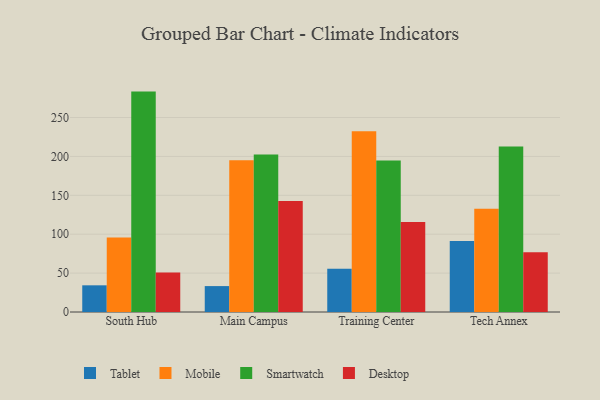
{"axis": {"x": "Campus", "y": "Satisfaction Score"}, "legend": ["Desktop", "Mobile", "Smartwatch", "Tablet"], "data": [{"x": "South Hub", "y": 34.3, "type": "Tablet"}, {"x": "South Hub", "y": 95.8, "type": "Mobile"}, {"x": "South Hub", "y": 283.3, "type": "Smartwatch"}, {"x": "South Hub", "y": 50.7, "type": "Desktop"}, {"x": "Main Campus", "y": 33.3, "type": "Tablet"}, {"x": "Main Campus", "y": 195.2, "type": "Mobile"}, {"x": "Main Campus", "y": 202.3, "type": "Smartwatch"}, {"x": "Main Campus", "y": 142.6, "type": "Desktop"}, {"x": "Training Center", "y": 55.6, "type": "Tablet"}, {"x": "Training Center", "y": 232.4, "type": "Mobile"}, {"x": "Training Center", "y": 194.8, "type": "Smartwatch"}, {"x": "Training Center", "y": 115.6, "type": "Desktop"}, {"x": "Tech Annex", "y": 91.4, "type": "Tablet"}, {"x": "Tech Annex", "y": 132.7, "type": "Mobile"}, {"x": "Tech Annex", "y": 212.8, "type": "Smartwatch"}, {"x": "Tech Annex", "y": 76.8, "type": "Desktop"}]}